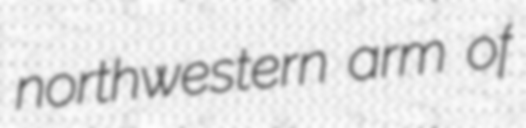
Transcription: northwestern arm of